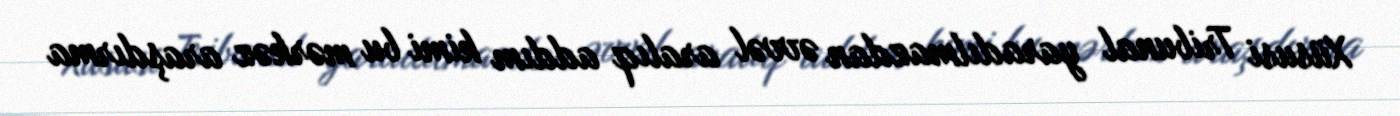
Xüsusi Tribunal yaradılmazdan əvvəl aralıq addım kimi bu mərkəz araşdırma